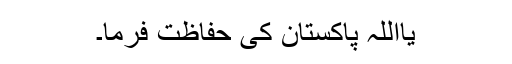
یااللّٰہ پاکستان کی حفاظت فرما۔